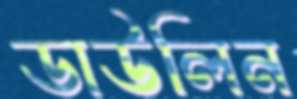
ডাউলিন